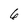
Character: 6